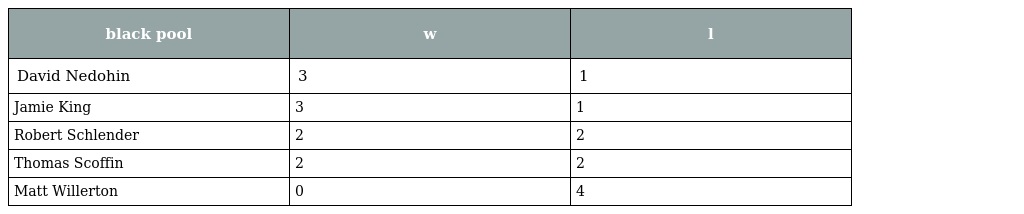
| black pool | w | l |
 | --- | --- | --- |
 | David Nedohin | 3 | 1 |
 | Jamie King | 3 | 1 |
 | Robert Schlender | 2 | 2 |
 | Thomas Scoffin | 2 | 2 |
 | Matt Willerton | 0 | 4 |